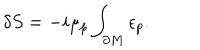
\delta S = - i \mu _ { p } \int _ { \partial M } \epsilon _ { p } .